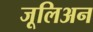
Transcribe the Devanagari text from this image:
जूलिअन